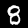
Digit: 8